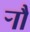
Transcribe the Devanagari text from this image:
र्‍ाौ